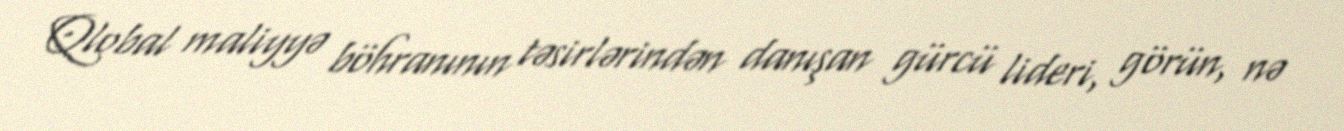
Qlobal maliyyə böhranının təsirlərindən danışan gürcü lideri, görün, nə